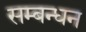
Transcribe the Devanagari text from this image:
सम्बन्धन